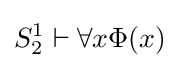
S_{2}^{1}\vdash \forall x\Phi (x)